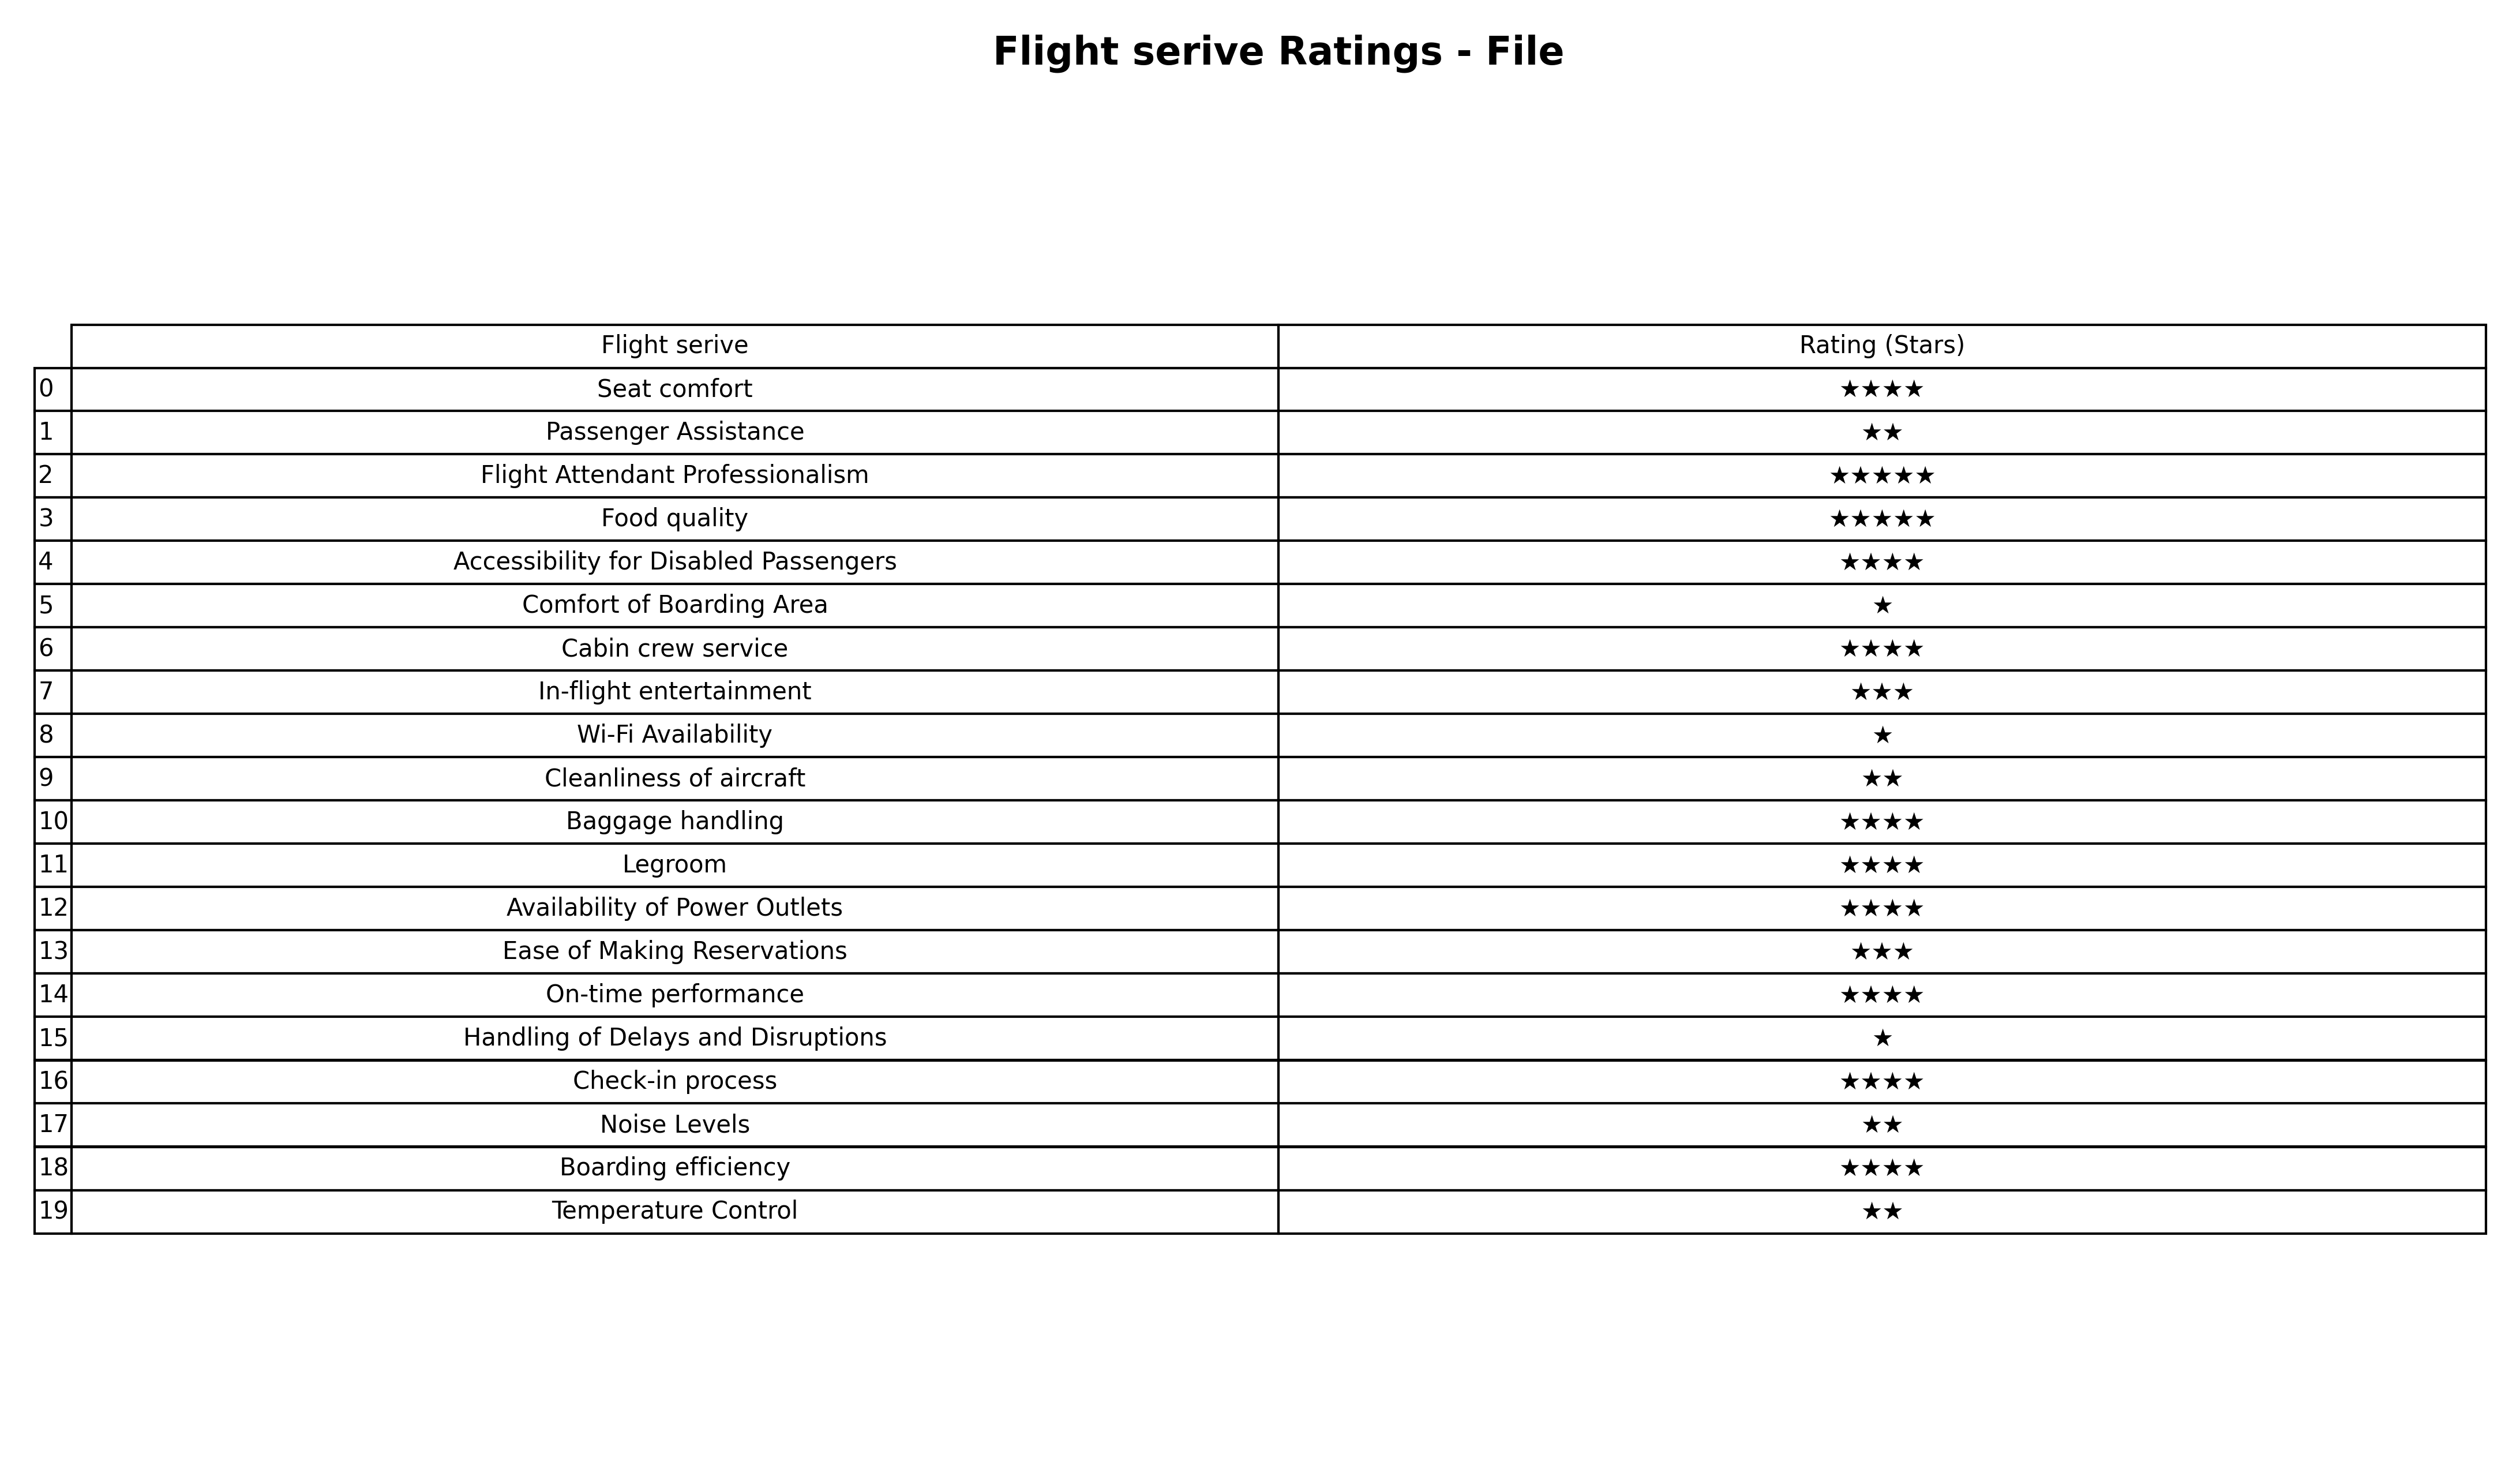
question: What are one star services?
answer: Comfort of Boarding AreaWi-Fi AvailabilityHandling of Delays and Disruptions